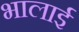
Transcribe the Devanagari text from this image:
भालाई